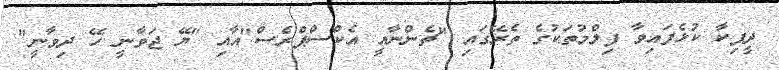
ދީޕިކާ ކުޅެފައިވާ ފިލްމުތަކުގެ ތެރޭގައި "ޗެންނާއީ އެކްސްޕްރެސް"އާއި "ޔޭ ޖަވާނީ ހޭ ދިވާނީ"